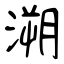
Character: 溯